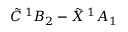
\tilde { C } \, { } ^ { 1 } B _ { 2 } - \tilde { X } \, { } ^ { 1 } A _ { 1 }